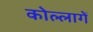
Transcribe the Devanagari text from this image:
कोल्लागें